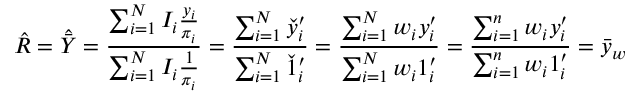
{ \hat { R } } = { \hat { \bar { Y } } } = { \frac { \sum _ { i = 1 } ^ { N } I _ { i } { \frac { y _ { i } } { \pi _ { i } } } } { \sum _ { i = 1 } ^ { N } I _ { i } { \frac { 1 } { \pi _ { i } } } } } = { \frac { \sum _ { i = 1 } ^ { N } { \check { y } } _ { i } ^ { \prime } } { \sum _ { i = 1 } ^ { N } { \check { 1 } } _ { i } ^ { \prime } } } = { \frac { \sum _ { i = 1 } ^ { N } w _ { i } y _ { i } ^ { \prime } } { \sum _ { i = 1 } ^ { N } w _ { i } 1 _ { i } ^ { \prime } } } = { \frac { \sum _ { i = 1 } ^ { n } w _ { i } y _ { i } ^ { \prime } } { \sum _ { i = 1 } ^ { n } w _ { i } 1 _ { i } ^ { \prime } } } = { \bar { y } } _ { w }